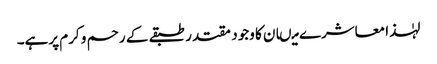
لہٰذا معاشرے میںان کا وجود مقتدر طبقے کے رحم و کرم پرہے۔